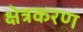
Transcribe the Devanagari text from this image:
क्षेत्रकरण